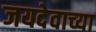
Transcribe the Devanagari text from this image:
जयदेवाच्या